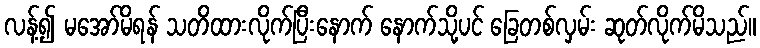
လန့်၍ မအော်မိရန် သတိထားလိုက်ပြီးနောက် နောက်သို့ပင် ခြေတစ်လှမ်း ဆုတ်လိုက်မိသည်။